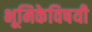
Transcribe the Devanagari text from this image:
भूमिकेविषयी